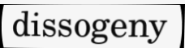
dissogeny